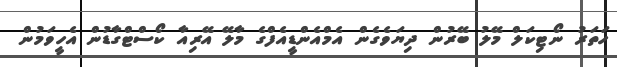
ހަތަރު ނޯޓިކަލް މޭލު ބޭރުން ދިޔަވެގެން އެމްއެންޑީއެފްގެ މާލޭ އޭރިއާ ކޯސްޓްގާޑުން އެހީވަމުން